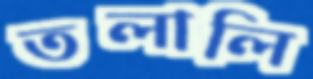
তলালি